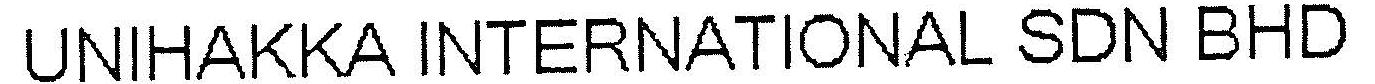
UNIHAKKA INTERNATIONAL SDN BHD